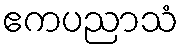
ဧကပညာသံ